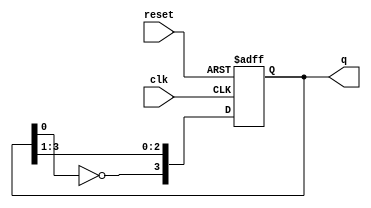
module johnson_counter (
    input wire clk,         // Clock signal
    input wire reset,       // Reset signal
    output reg [3:0] q      // 4-bit output
);

    // Johnson counter logic
    always @(posedge clk or posedge reset) begin
        if (reset) begin
            q <= 4'b0000;    // Reset the counter to 0000
        end else begin
            q[3] <= ~q[0];    // The first flip-flop takes the inverted value of the last flip-flop
            q[2] <= q[3];     // Shift the previous state to the next flip-flop
            q[1] <= q[2];
            q[0] <= q[1];
        end
    end

endmodule